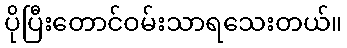
ပိုပြီးတောင်ဝမ်းသာရသေးတယ်။